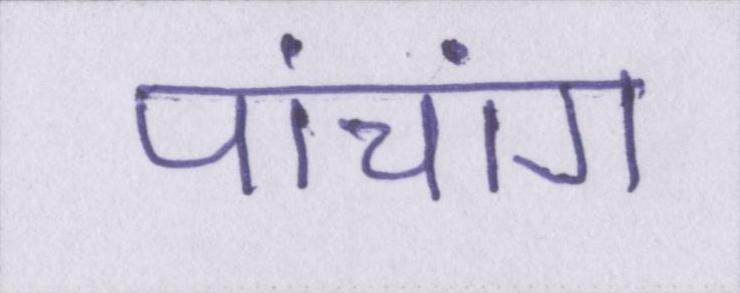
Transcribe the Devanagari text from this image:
पांचांग